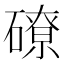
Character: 𥕴